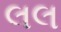
લલ